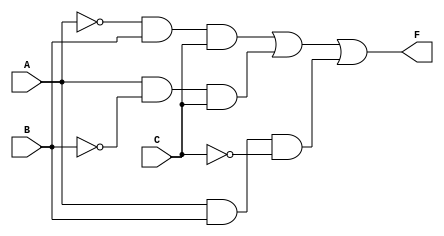
module reduced_combinational_logic (
    input wire A,    // Input A
    input wire B,    // Input B
    input wire C,    // Input C
    output wire F    // Output F
);
    // Intermediate signals
    wire A_n;        // NOT A
    wire B_n;        // NOT B
    wire C_n;        // NOT C
    wire term1;      // A'BC
    wire term2;      // AB'C
    wire term3;      // ABC'

    // NOT gates
    not (A_n, A);    // A NOT
    not (B_n, B);    // B NOT
    not (C_n, C);    // C NOT

    // AND gates for product terms
    and (term1, A_n, B, C); // A'BC
    and (term2, A, B_n, C);  // AB'C
    and (term3, A, B, C_n);  // ABC'

    // OR gate for final output
    or (F, term1, term2, term3); // F = A'BC + AB'C + ABC'

endmodule